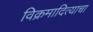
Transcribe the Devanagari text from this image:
विक्रमादित्याचा